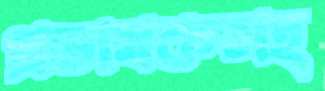
প্রভাষকসহ